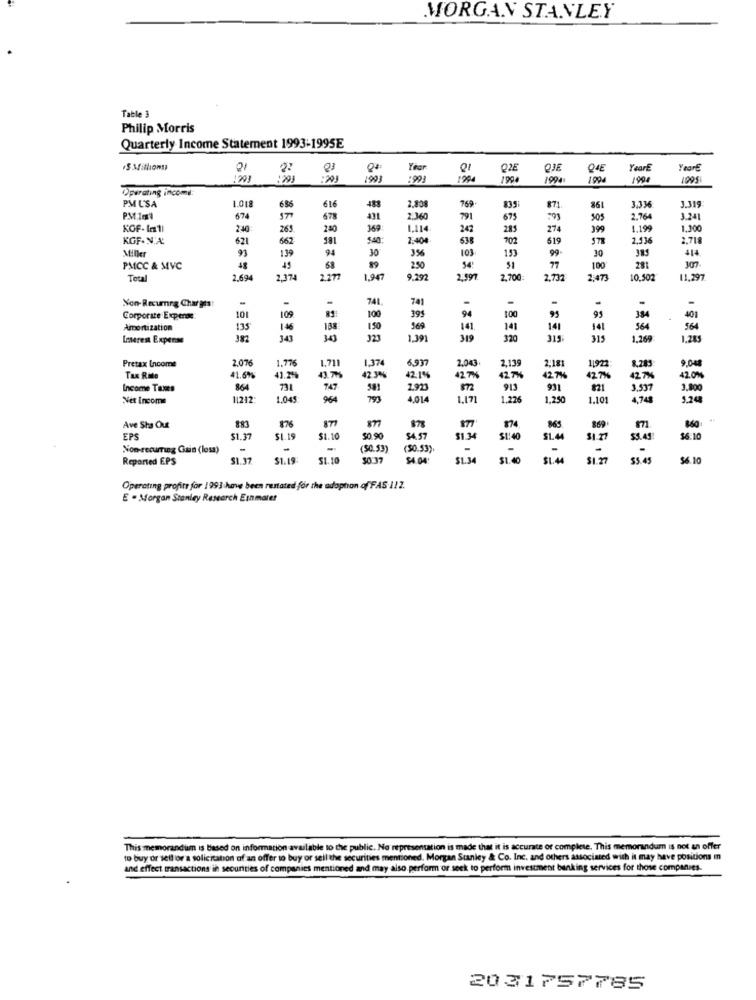
MORGAN STANLEY
Table 3
Philip Morris
Quarterly Income Statement 1993-1995E
+S Millions
??
Q3
Year
Q1
Q2E
Q3E
04E
YearE
YearE
1993
1904
1004
1904
1095
Operating income:
PMUSA
2,808
769
3.33
1.018
686
616
488
835
871
861
3.319
PM 1ml
674
678
431
2.36
791
675
505
2.76
3.241
KOF- In1l
240
265
280
369
1.114
242
285
274
199
1.199
1.300
KGF. N.A.
621
662
S40.
2.404
638
102
619
2,136
2,718
Miller
91
139
94
30
103
153
99
385
414
89
3%
30
PMCC & MVC
48
45
250
54
51
77
100
281
107
Total
2.694
2.174
1.947
9.292
2.997
2,700:
2.732
2:473
10.502
11,297
-
-
-
741.
-
Non-Recumeg Charges:
109
741
Corporate Expense:
101
100
395
94
$00
99
384
401
Amortization
135
1.46
138
1.50
969
141
141
141
141
564
564
Leseren Expense
382
341
343
223
1.39
319
315
1,269
1,285
1.776
1,37
2,135
9,04
Pretax Income
.076
1,711
6,93
2.043
2,18
11922
8,285
Tax Rille
41.6%%
41.219
42 3%
42.1%
42 7%
42 7
2.7%
127%
42 7%
12.0%
Income Taxes
731
747
581
1.923
872
913
931
3,53
3,800
Net Income
11242
1045
964
793
4.014
1,171
1.226
1.250
1.101
4.74
5.20
Ave Sha Out
883
876
871
878
877
874
865
869
860
EPS
$1.37
$1.19
51.10
50 90
$4.57
$1.34
$1140
SLA
31.7
$5.45
$6.10
Non-recurring Gain (losa)
-
(50.53)
(50.53).
-
Reported EPS
$1.37
$1.19
$1.10
50.37
$4.04
$1.34
$1.40
$1.44
$1.27
$5.45
$6.10
Operating profite for 1993 have been restated for the adoption ofFAS 1/2.
E - Morgan Stanley Research Einmater
This memorandum is based on información available to the public. No representation is made that it is accurate or complete. This memorandum is not an offer
to buy or sell or a solicitation of an offer to buy or sell the securities mentioned. Morgan Stanley & Co. Inc. and others associated with it may have positions in
and effect transactions in securities of companies mentioned and may also.perform or seek to perform investment banking services for those companies.
20 31757785